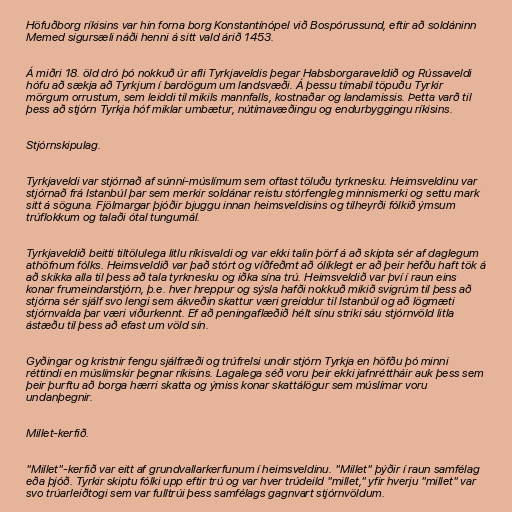
Höfuðborg ríkisins var hin forna borg Konstantínópel við Bospórussund, eftir að soldáninn
Memed sigursæli náði henni á sitt vald árið 1453.

Á miðri 18. öld dró þó nokkuð úr afli Tyrkjaveldis þegar Habsborgaraveldið og Rússaveldi
hófu að sækja að Tyrkjum í bardögum um landsvæði. Á þessu tímabil töpuðu Tyrkir
mörgum orrustum, sem leiddi til mikils mannfalls, kostnaðar og landamissis. Þetta varð til
þess að stjórn Tyrkja hóf miklar umbætur, nútímavæðingu og endurbyggingu ríkisins.

Stjórnskipulag.

Tyrkjaveldi var stjórnað af súnní-múslímum sem oftast töluðu tyrknesku. Heimsveldinu var
stjórnað frá Istanbúl þar sem merkir soldánar reistu stórfengleg minnismerki og settu mark
sitt á söguna. Fjölmargar þjóðir bjuggu innan heimsveldisins og tilheyrði fólkið ýmsum
trúflokkum og talaði ótal tungumál.

Tyrkjaveldið beitti tiltölulega litlu ríkisvaldi og var ekki talin þörf á að skipta sér af daglegum
athöfnum fólks. Heimsveldið var það stórt og víðfeðmt að ólíklegt er að þeir hefðu haft tök á
að skikka alla til þess að tala tyrknesku og iðka sína trú. Heimsveldið var því í raun eins
konar frumeindarstjórn, þ.e. hver hreppur og sýsla hafði nokkuð mikið svigrúm til þess að
stjórna sér sjálf svo lengi sem ákveðin skattur væri greiddur til Istanbúl og að lögmæti
stjórnvalda þar væri viðurkennt. Ef að peningaflæðið hélt sínu striki sáu stjórnvöld litla
ástæðu til þess að efast um völd sín.

Gyðingar og kristnir fengu sjálfræði og trúfrelsi undir stjórn Tyrkja en höfðu þó minni
réttindi en múslímskir þegnar ríkisins. Lagalega séð voru þeir ekki jafnréttháir auk þess sem
þeir þurftu að borga hærri skatta og ýmiss konar skattálögur sem múslímar voru
undanþegnir.

Millet-kerfið.

"Millet"-kerfið var eitt af grundvallarkerfunum í heimsveldinu. "Millet" þýðir í raun samfélag
eða þjóð. Tyrkir skiptu fólki upp eftir trú og var hver trúdeild "millet," yfir hverju "millet" var
svo trúarleiðtogi sem var fulltrúi þess samfélags gagnvart stjórnvöldum.